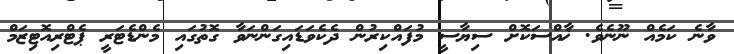
ވާނެ ކަމެއް ނޫނެވެ. ޚާއްސަކޮށް ސިޔާސީ މުފައްކިރުން ދެކެވަޑައިގަންނަވާ ގޮތުގައި މެންޑެޓަރީ ޕެޓްރިއޮޓިޒަމް